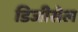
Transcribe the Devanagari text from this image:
डिजीसेल